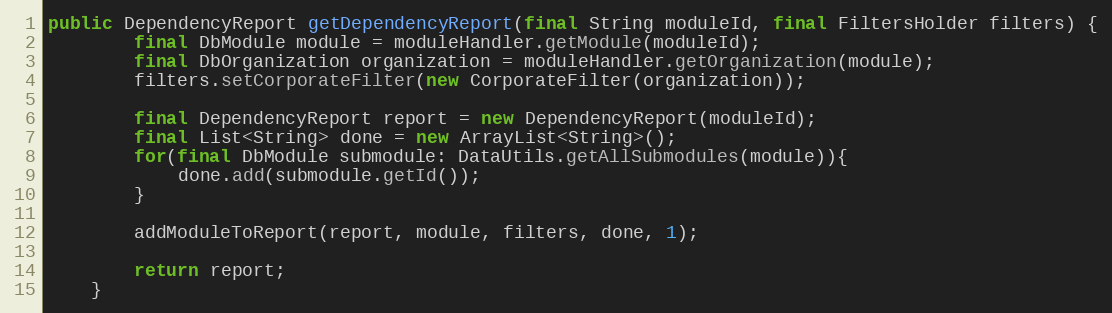
Language: Java
public DependencyReport getDependencyReport(final String moduleId, final FiltersHolder filters) {
        final DbModule module = moduleHandler.getModule(moduleId);
        final DbOrganization organization = moduleHandler.getOrganization(module);
        filters.setCorporateFilter(new CorporateFilter(organization));

        final DependencyReport report = new DependencyReport(moduleId);
        final List<String> done = new ArrayList<String>();
        for(final DbModule submodule: DataUtils.getAllSubmodules(module)){
            done.add(submodule.getId());
        }

        addModuleToReport(report, module, filters, done, 1);

        return report;
    }